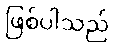
ဖြစ်ပါသည်